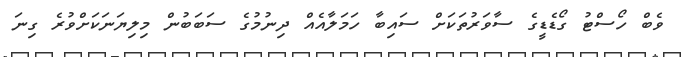
ވެބް ހޯސްޓު ގޯޑެޑީގެ ސާވަރުތަކަށް ސައިބާ ހަމަލާއެއް ދިނުމުގެ ސަބަބުން މިލިޔަނަކަށްވުރެ ގިނަ